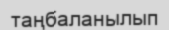
таңбаланылып